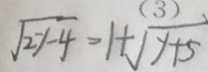
\sqrt { 2 y - 4 } = 1 + \sqrt { y + 5 }